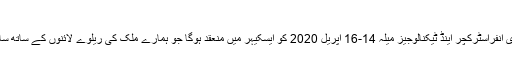
ریل انڈسٹری شو
ریل انڈسٹری شو؛ ریلوے انڈسٹری انفراسٹرکچر اینڈ ٹیکنالوجیز میلہ 14-16 اپریل 2020 کو ایسکیہر میں منعقد ہوگا جو ہمارے ملک کی ریلوے لائنوں کے ساتھ ساتھ ریلوے انڈسٹری کا مرکز ہے۔